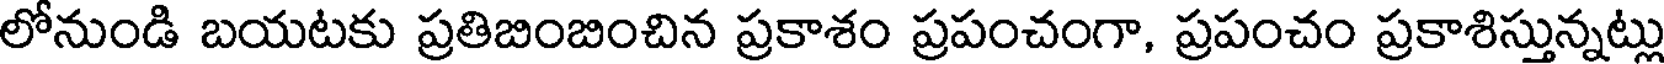
లోనుండి బయటకు ప్రతిబింబించిన ప్రకాశం ప్రపంచంగా, ప్రపంచం ప్రకాశిస్తున్నట్లు